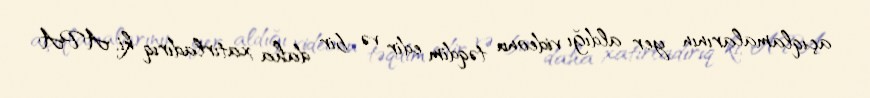
açıqlamalarının yer aldığı videonu təqdim edir və bir daha xatırladırıq ki, APA